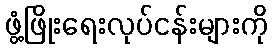
ဖွံ့ဖြိုးရေးလုပ်ငန်းများကို